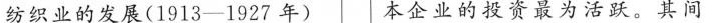
纺织业的发展(1913-1927年) 本企业的投资最为活跃。其间